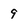
Character: 9